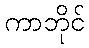
ကာဘိုင်